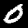
Label: 0